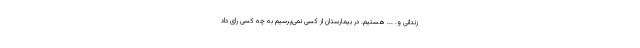
زندانی و. ... هستیم. در بیمارستان از کسی نمی‌پرسیم به چه کسی رای داد